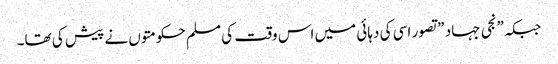
جبکہ\”نجی جہاد \”تصور اسی کی دہائی میں اس وقت کی مسلم حکومتوں نے پیش کی تھا۔